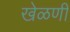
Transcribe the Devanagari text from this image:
खेळणीं